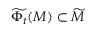
\widetilde { \Phi _ { t } } ( M ) \subset \widetilde { M }